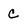
Character: C